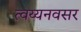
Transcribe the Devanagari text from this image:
त्वय्यनवसर